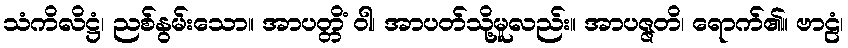
သံကိလိဋ္ဌံ၊ ညစ်နွမ်းသော။ အာပတ္တိံ ဝါ၊ အာပတ်သို့မူလည်း။ အာပဇ္ဇတိ၊ ရောက်၏။ ဗာဠံ၊